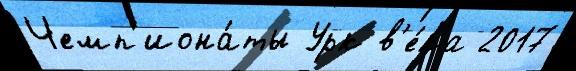
Чемп'иона́ты Урк в'е́ка 2017